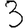
Digit: 3